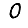
Digit: 0